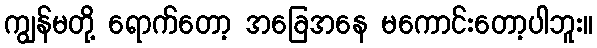
ကျွန်မတို့ ရောက်တော့ အခြေအနေ မကောင်းတော့ပါဘူး။